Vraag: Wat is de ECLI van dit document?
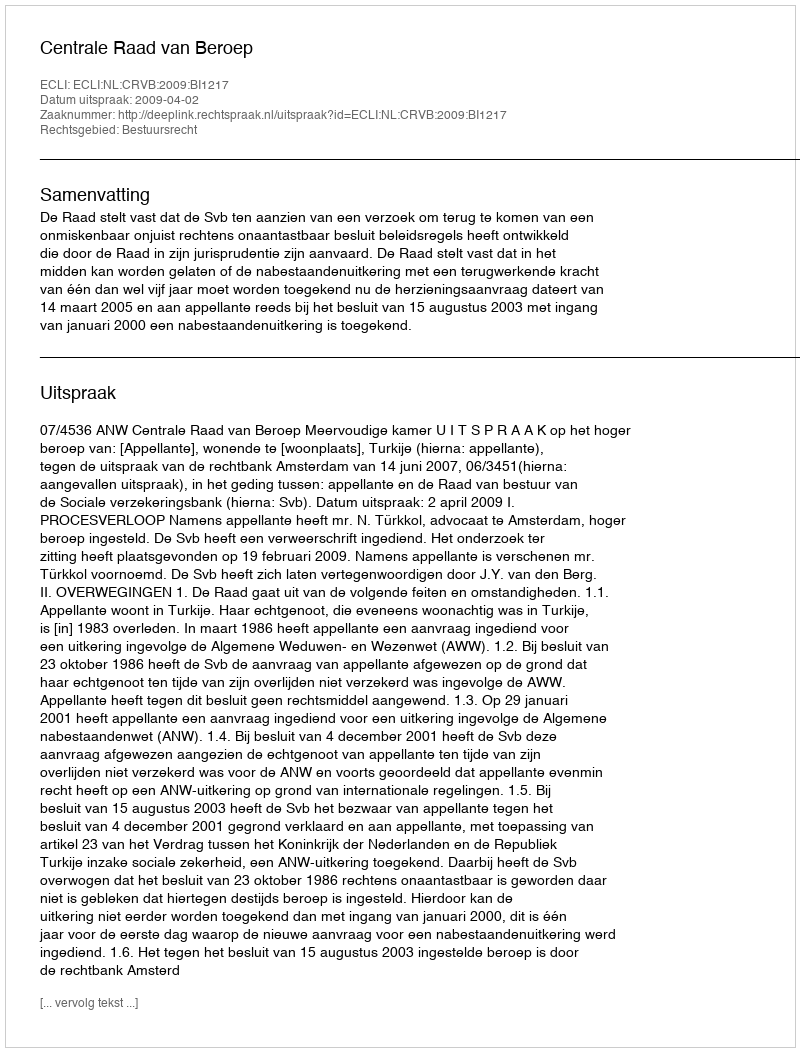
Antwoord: ECLI:NL:CRVB:2009:BI1217